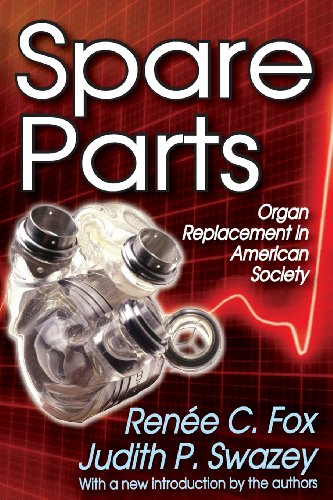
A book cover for Spare Parts: Organ Replacement in American Society; Renee C. Fox; Health, Fitness & Dieting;